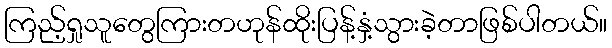
ကြည့်ရှုသူတွေကြားတဟုန်ထိုးပြန့်နှံ့သွားခဲ့တာဖြစ်ပါတယ်။